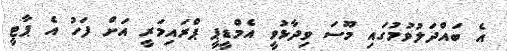
އެ ބައްދަލުވުމުގައި މޫސަ ވިދާޅުވީ އެމްޑީޕީ ޕްރައިމަރީ އަށް ފަހު އެ ޕާޓީ